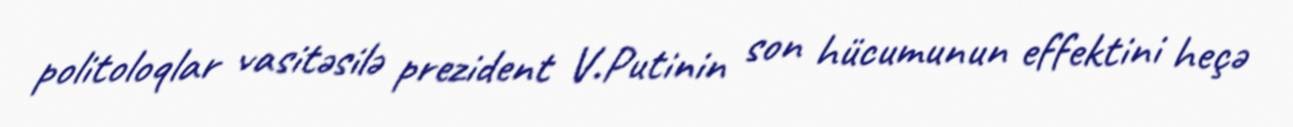
politoloqlar vasitəsilə prezident V.Putinin son hücumunun effektini heçə